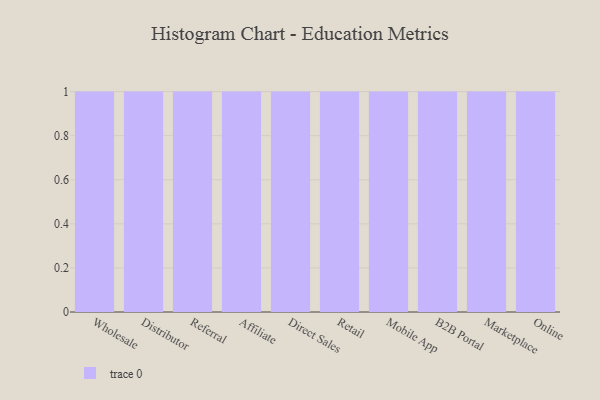
{"axis": {"x": "Channel", "y": "Energy Usage (MWh)"}, "legend": [""], "data": [{"x": "Wholesale", "y": 35, "type": ""}, {"x": "Distributor", "y": 76, "type": ""}, {"x": "Referral", "y": 32, "type": ""}, {"x": "Affiliate", "y": 55, "type": ""}, {"x": "Direct Sales", "y": 15, "type": ""}, {"x": "Retail", "y": 42, "type": ""}, {"x": "Mobile App", "y": 52, "type": ""}, {"x": "B2B Portal", "y": 49, "type": ""}, {"x": "Marketplace", "y": 5, "type": ""}, {"x": "Online", "y": 97, "type": ""}]}